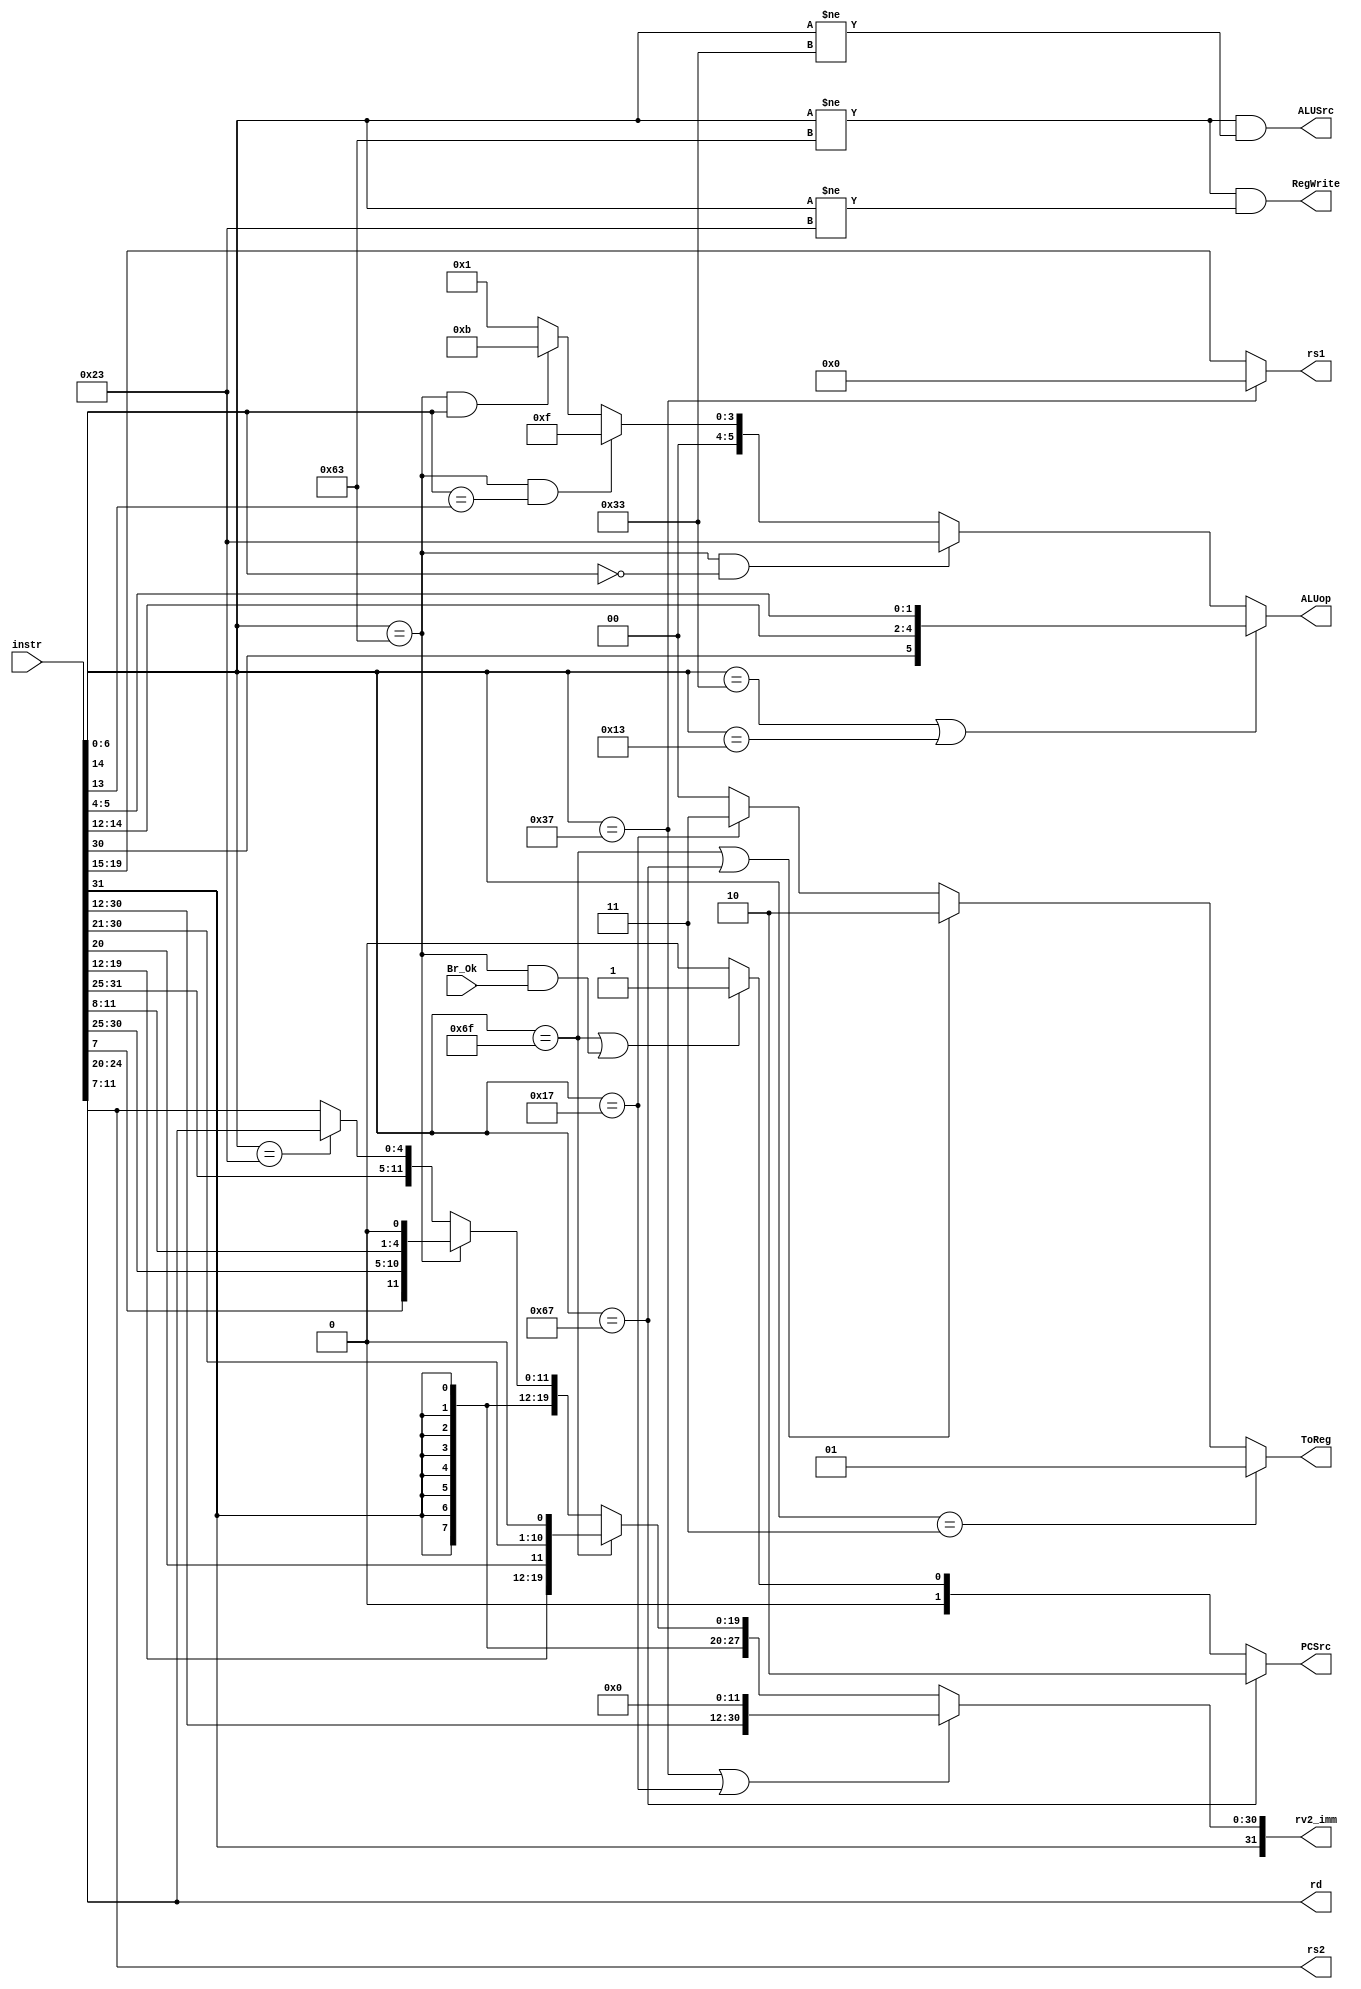
module decoder(
    input  [31:0] instr,        // Full 32-b instruction
    input  Br_Ok,               // Asserted when condition for branching passes
    output RegWrite,            // Asserted when value needs to be written to regfile
    output ALUSrc,              // Deasserted - input 2 to ALU comes from regfile, Asserted - input 2 comes from immediate value
    output [1:0] PCSrc,         // 2'b00 - PC = PC + 4, 2'b10 - PC replaced by immediate value (absolute addressing), 2'b01 - PC replaced by output of branch compute adder (relative addressing)
    output [1:0] ToReg,         // 2'b00 - value to write to regfile comes from output of ALU, 2'b01 - value comes from memory, 2'b10 - value comes from PC+4 adder, 2'b11 - value comes from branch compute adder
    output [31:0] rv2_imm,      // The sign extended immediate value (that would be sent to the MUX before input 2 of ALU, or for determining instruction address in branch statements)
    output [5:0] ALUop,         // Contains the custom opcode sent to ALU for choosing what operation it needs to do
    output [4:0] rs1,           // First operand
    output [4:0] rs2,           // Second operand
    output [4:0] rd             // Destination register, incase any value needs to be written into it
);

    // func7 (opcode) possiblities : LUI, AUIPC, JAL, JALR, OP, OP-IMM, STORE, LOAD, BRANCH
    parameter [6:0] LUI = 7'b0110111,
                    AUIPC = 7'b0010111,
                    JAL = 7'b1101111,
                    JALR = 7'b1100111,
                    BRANCH = 7'b1100011,
                    LOAD = 7'b0000011,
                    STORE = 7'b0100011,
                    OPIMM = 7'b0010011,
                    OP = 7'b0110011;

    // Sending a 6 bit custom opcode for ALU to handle different operations
    // For ALU instructions (OP and OPIMM), the opcode is derived from the bits that indicate some type or mode of operation (e.g, 5th bit of instruction is set for those not using immediate values)
    // Though ALU instructions explicitly use the ALU, all other instructions also need arithmetic or logical operations, though not as directly. So using the ALU for those operations as well
    // 6'b100011 : SUB, 6'b000001 : ADD, 6'b001011 : SLT, 6'b001111 : SLTU   ------> in custom opcode for ALU
    assign ALUop = (instr[6:0] == OP || instr[6:0] == OPIMM) ? {instr[30],instr[14:12],instr[5:4]} :   // handles OP and OPIMM instructions
                   (instr[6:0] == BRANCH && instr[14] == 0) ? 6'b100011 :                              // BRANCH instructions BEQ and BNE require subtraction of operands (SUB) to check for equality  
                   (instr[6:0] == BRANCH && instr[14] == instr[13]) ? 6'b001111 :                      // BRANCH instructions BLTU and BGEU require checking unisgned op1 < unsigned op2 (SLTU)
                   (instr[6:0] == BRANCH && instr[14] == 1) ? 6'b001011 : 6'b000001;                   // BRANCH instructions BLT and BGE require checking p1 < op2 (SLT)\
                   // All other instructions require adding immediate value to value in rs1, hence ADD

    // Assigning rs1, rs2, rd portions of the instructions asynchronously
    assign rs1 = (instr[6:0] == LUI) ? 5'b00000 : instr[19:15];                                       // We can treat LUI instruction as adding the immediate value to x0 (zero), so that we use the ALU effectively. For other cases, normal rs1 portion is assigned
    assign rs2 = instr[24:20];                                                                                      
    assign rd =  instr[11:7];                                                                           

    assign RegWrite = (instr[6:0] != BRANCH) && (instr[6:0] != STORE);                               // Except BRANCH and STORE instructions, other instructions require something to be written into registers

    assign ALUSrc = (instr[6:0] != BRANCH && instr[6:0] != OP);                                      // BRANCH and OP instructions alone need rv2 of ALU to come from r_rv2

    assign PCSrc = (instr[6:0] == JALR) ? 2'b10 :                                                    // JALR uses absolute addressing, other branching use relative addressing
                   (instr[6:0] == JAL || (instr[6:0] == BRANCH && Br_Ok)) ? 2'b01 : 2'b00;           // We update PCSrc for BRANCH instructions only if the condition turns true (i.e) Br_Ok is asserted

    assign ToReg = (instr[6:0] == LOAD) ? 2'b01 :                                                 // LOAD instruction requires value to be written into regfile to come from data memory
                      (instr[6:0] == JAL || instr[6:0] == JALR) ? 2'b10 :                            // JAL and JALR instruction requires value to come from PC+4 adder, as the next instruction address needs to be stored in rd before unconditionally branching
                      (instr[6:0] == AUIPC) ? 2'b11 : 2'b00;                                         // AUIPC requires value to come from branch compute adder which adds the immediate value to the value in PC

    assign rv2_imm = (instr[6:0] == LUI || instr[6:0] == AUIPC) ? { instr[31:12], {12{1'b0}} } :                                    // AUIPC and LUI alone require filling of 12 LSB bits to zeros, as they take immediate value to their MSB bits
                     (instr[6:0] == JAL) ? { {11{instr[31]}}, instr[31], instr[19:12], instr[20], instr[30:21], 1'b0 } :            // Immediate for JAL needs to be filled with 0 in 0th bit to make it a multiple of 2, and it is sign extended
                     (instr[6:0] == BRANCH) ? { {19{instr[31]}}, instr[31], instr[7], instr[30:25], instr[11:8], 1'b0 } :           // Immediate for BRANCH needs to be filled with 0 in 0th bit to make it a multiple of 2, and it is sign extended
                     (instr[6:0] == STORE) ? { {20{instr[31]}}, instr[31:25], instr[11:7] } : { {20{instr[31]}}, instr[31:20] };    // Immediate value for any other instruction will be 12 bits in instr[31:20] that need to be sign extended
                    // Immediate value for OP type instructions won't be used at all, so it is included in other instructions

endmodule